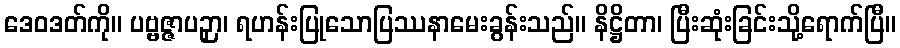
ဒေဝဒတ်ကို။ ပဗ္ဗဇ္ဇာပဉှာ၊ ရဟန်းပြုသောပြဿနာမေးခွန်းသည်။ နိဋ္ဌိတာ၊ ပြီးဆုံးခြင်းသို့ရောက်ပြီ။